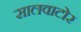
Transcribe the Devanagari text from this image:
सालवाटोर